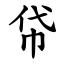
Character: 帒